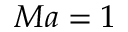
M a = 1